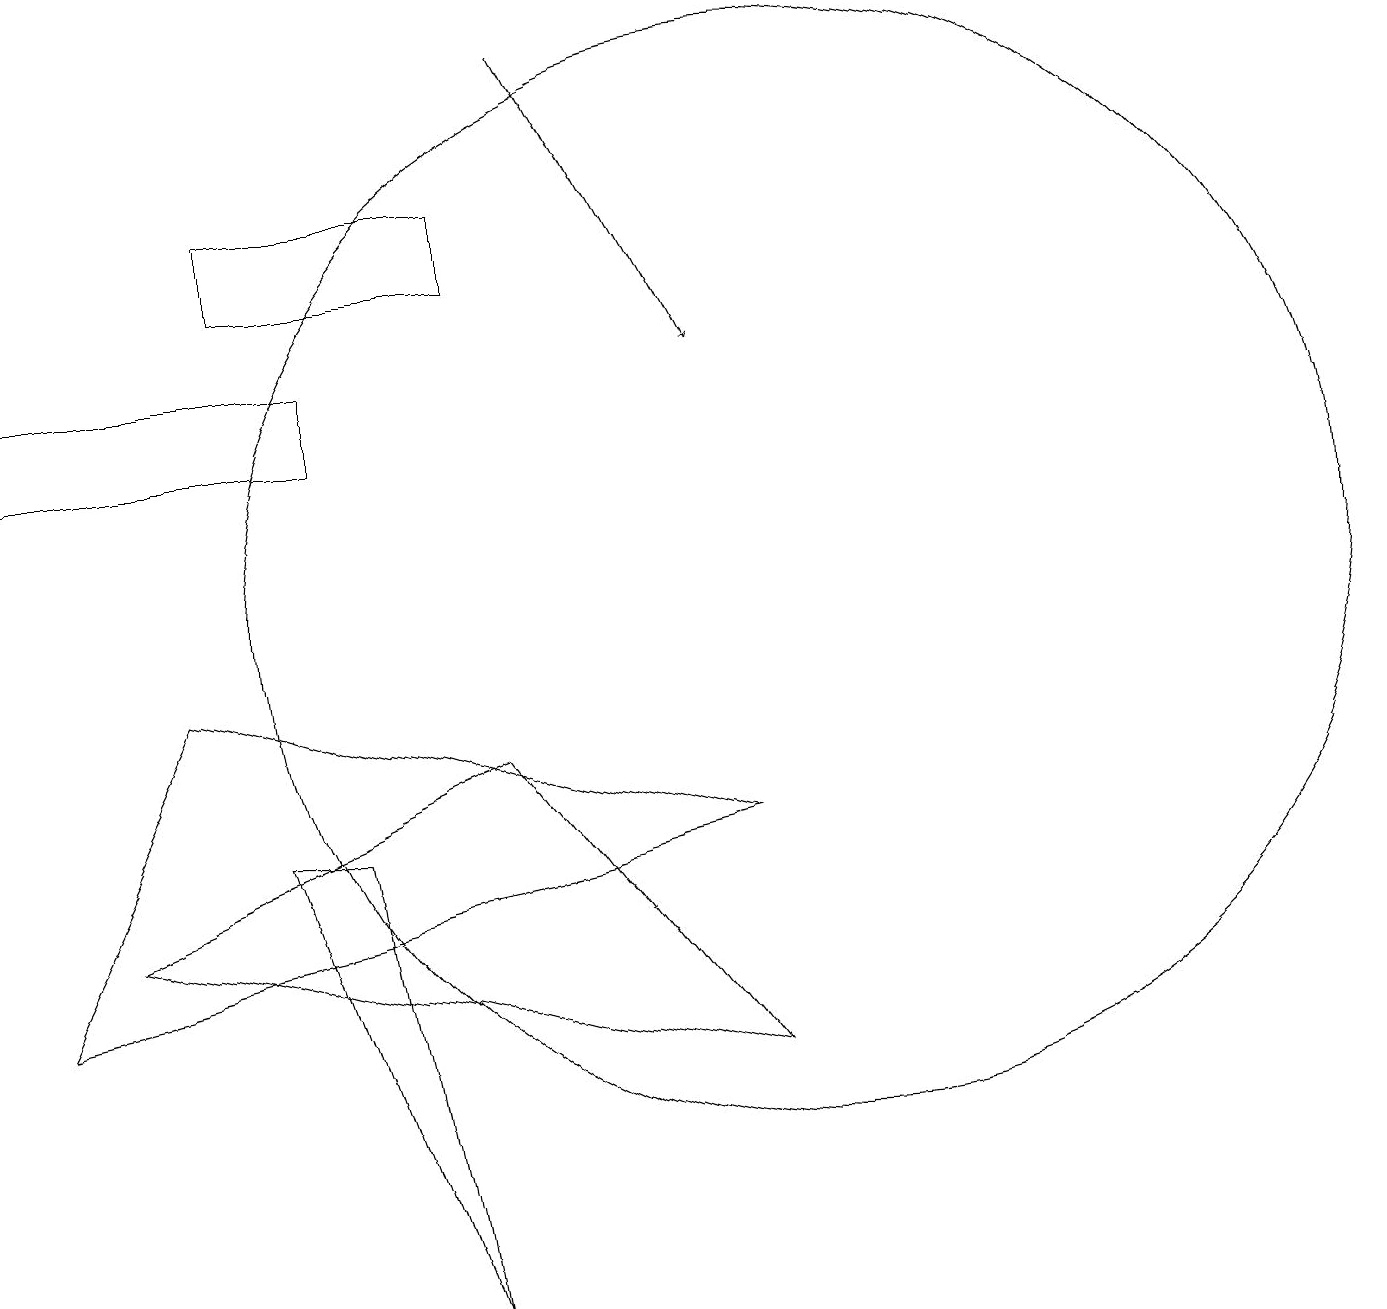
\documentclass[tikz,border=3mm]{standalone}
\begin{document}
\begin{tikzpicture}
\draw (10,10) circle (7);
\draw (4,12) rectangle (0,13);
\draw (0,5) -- (2,9) -- (9,7) -- cycle;
\draw[->] (7,17) -- (9,13);
\draw (5,1) -- (3,7) -- (4,7) -- cycle;
\draw (9,4) -- (1,6) -- (6,8) -- cycle;
\draw (6,15) rectangle (3,14);
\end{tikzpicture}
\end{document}